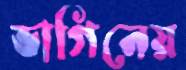
ভাগিনেয়